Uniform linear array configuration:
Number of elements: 64
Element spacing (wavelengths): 0.5
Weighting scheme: cosine
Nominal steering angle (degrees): -60
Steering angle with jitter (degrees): -60.251
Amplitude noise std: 0.05
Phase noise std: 0.05

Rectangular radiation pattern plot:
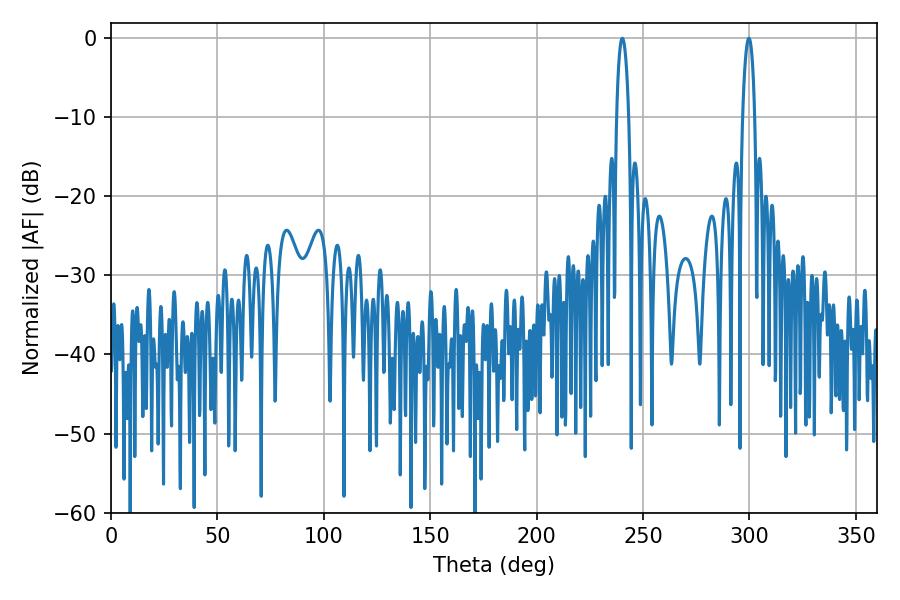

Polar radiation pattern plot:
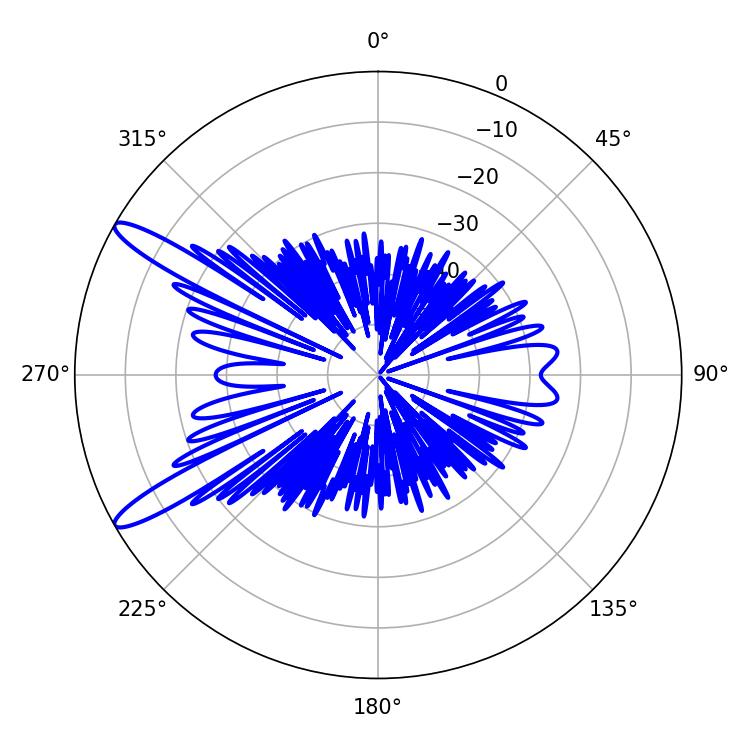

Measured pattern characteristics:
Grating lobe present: FALSE
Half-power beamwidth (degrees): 3.24
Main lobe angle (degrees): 299.7